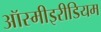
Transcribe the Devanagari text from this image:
ऑस्मीइरीडियम